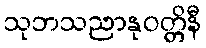
သုဘသညာနုဝတ္တိနီ